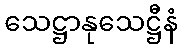
သေဋ္ဌာနုသေဋ္ဌီနံ